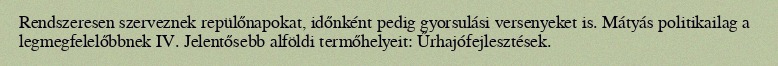
Rendszeresen szerveznek repülőnapokat, időnként pedig gyorsulási versenyeket is. Mátyás politikailag a legmegfelelőbbnek IV. Jelentősebb alföldi termőhelyeit: Űrhajófejlesztések.